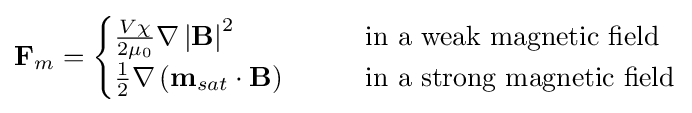
\mathbf {F} _{m}={\begin{cases}{\frac {V\chi }{2\mu _{0}}}\mathbf {\nabla } \left|\mathbf {B} \right|^{2}&\qquad {\text{in a weak magnetic field}}\\{\frac {1}{2}}\mathbf {\nabla } \left(\mathbf {m} _{sat}\cdot \mathbf {B} \right)&\qquad {\text{in a strong magnetic field}}\end{cases}}